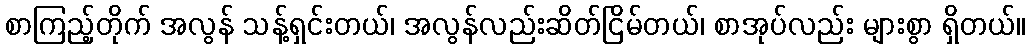
စာကြည့်တိုက် အလွန် သန့်ရှင်းတယ်၊ အလွန်လည်းဆိတ်ငြိမ်တယ်၊ စာအုပ်လည်း များစွာ ရှိတယ်။